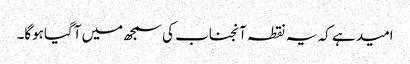
امید ہے کہ یہ نقطہ آنجناب کی سمجھ میں آگیاہوگا۔